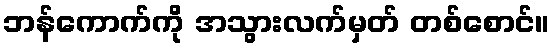
ဘန်ကောက်ကို အသွားလက်မှတ် တစ်စောင်။